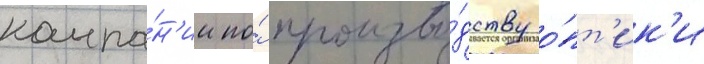
компа́н'ии по́ произво́дству о́пт'ик'и